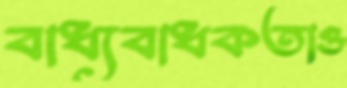
বাধ্যবাধকতাও